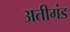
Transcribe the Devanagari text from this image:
अतीगंड